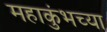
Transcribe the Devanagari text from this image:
महाकुंभच्या